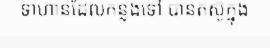
ទាហានដែលកន្លងទៅ បានតស៊ូក្នុង